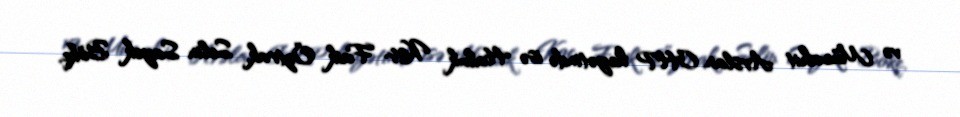
və Mücahit Arslan, CHP heyətində isə Haluk Koç, Faik Öztrak, Selin Sayek Böke,